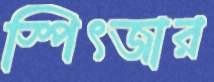
স্পিৎজার